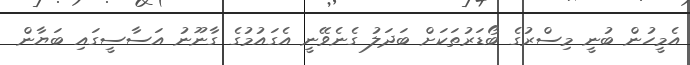
އެމީހުން ބުނީ މިސްރުގެ ބޯޑަރުތަކަށް ބަދަލު ގެނެވޭނީ އެގައުމުގެ ގާނޫނު އަސާސީގައި ބަޔާން